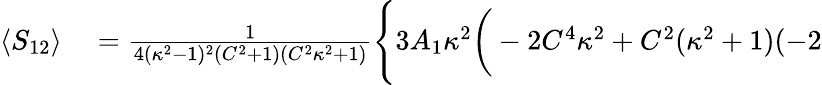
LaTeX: \begin{array}{rl}{\langle S_{12}\rangle}&{{}=\frac{1}{4(\kappa^{2}-1)^{2}(C^{2}+1)(C^{2}\kappa^{2}+1)}\Bigg\{ 3A_{1}\kappa^{2}\bigg(-2C^{4}\kappa^{2}+C^{2}(\kappa^{2}+1)(-2}\end{array}